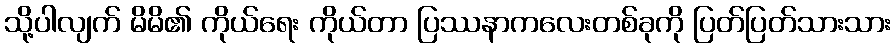
သို့ပါလျက် မိမိ၏ ကိုယ်ရေး ကိုယ်တာ ပြဿနာကလေးတစ်ခုကို ပြတ်ပြတ်သားသား